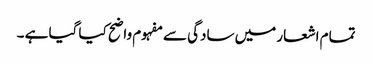
تمام اشعار میں سادگی سے مفہوم واضح کیا گیا ہے ۔